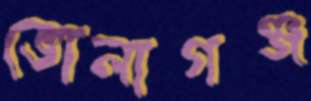
ভোলাগঞ্জ